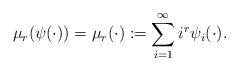
\begin{align*}\mu_r(\psi(\cdot)) = \mu_r(\cdot) := \sum_{i=1}^{\infty} i^r \psi_i(\cdot).\end{align*}